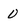
Character: 0